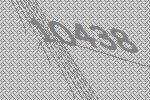
10438